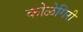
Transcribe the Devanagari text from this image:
कोळेगिरी